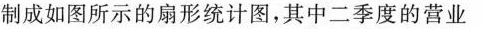
制成如图所示的扇形统计图，其中二季度的营业